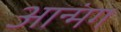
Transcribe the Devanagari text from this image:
आन्मंग